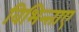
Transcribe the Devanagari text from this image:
विभिन्ताए